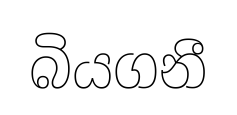
බියගනී